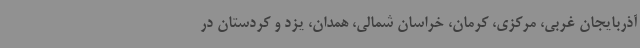
آذربایجان غربی، مرکزی، کرمان، خراسان شمالی، همدان، یزد و کردستان در